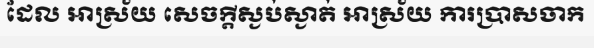
ដែល អាស្រ័យ សេចក្តីស្ងប់ស្ងាត់ អាស្រ័យ ការប្រាសចាក